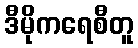
ဒီမိုကရေစီတူ